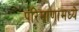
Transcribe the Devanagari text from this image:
परिमाणांमध्ये